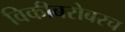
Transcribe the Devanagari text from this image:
विकीबरोबरच